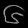
Digit: ၆